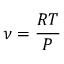
\ \nu = { \frac { R T } { P } }